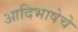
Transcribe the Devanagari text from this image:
आदिभाषेचे